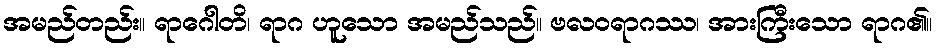
အမည်တည်း။ ရာဂေါတိ၊ ရာဂ ဟူသော အမည်သည်။ ဗလဝရာဂဿ၊ အားကြီးသော ရာဂ၏။